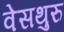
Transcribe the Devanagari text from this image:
वेसथुरु